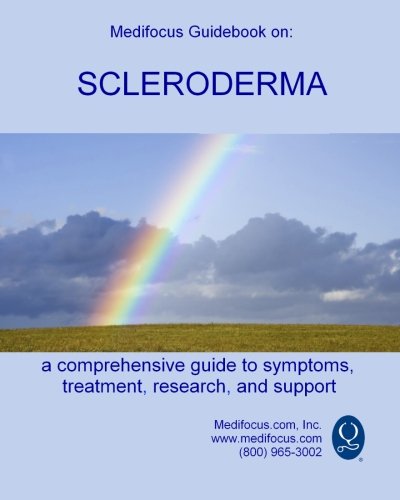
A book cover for Medifocus Guidebook on: Scleroderma; Inc. Medifocus.com; Health, Fitness & Dieting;